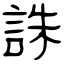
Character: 誅